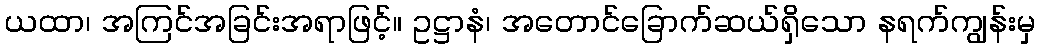
ယထာ၊ အကြင်အခြင်းအရာဖြင့်။ ဥဋ္ဌာနံ၊ အတောင်ခြောက်ဆယ်ရှိသော နရက်ကျွန်းမှ